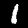
Digit: 1